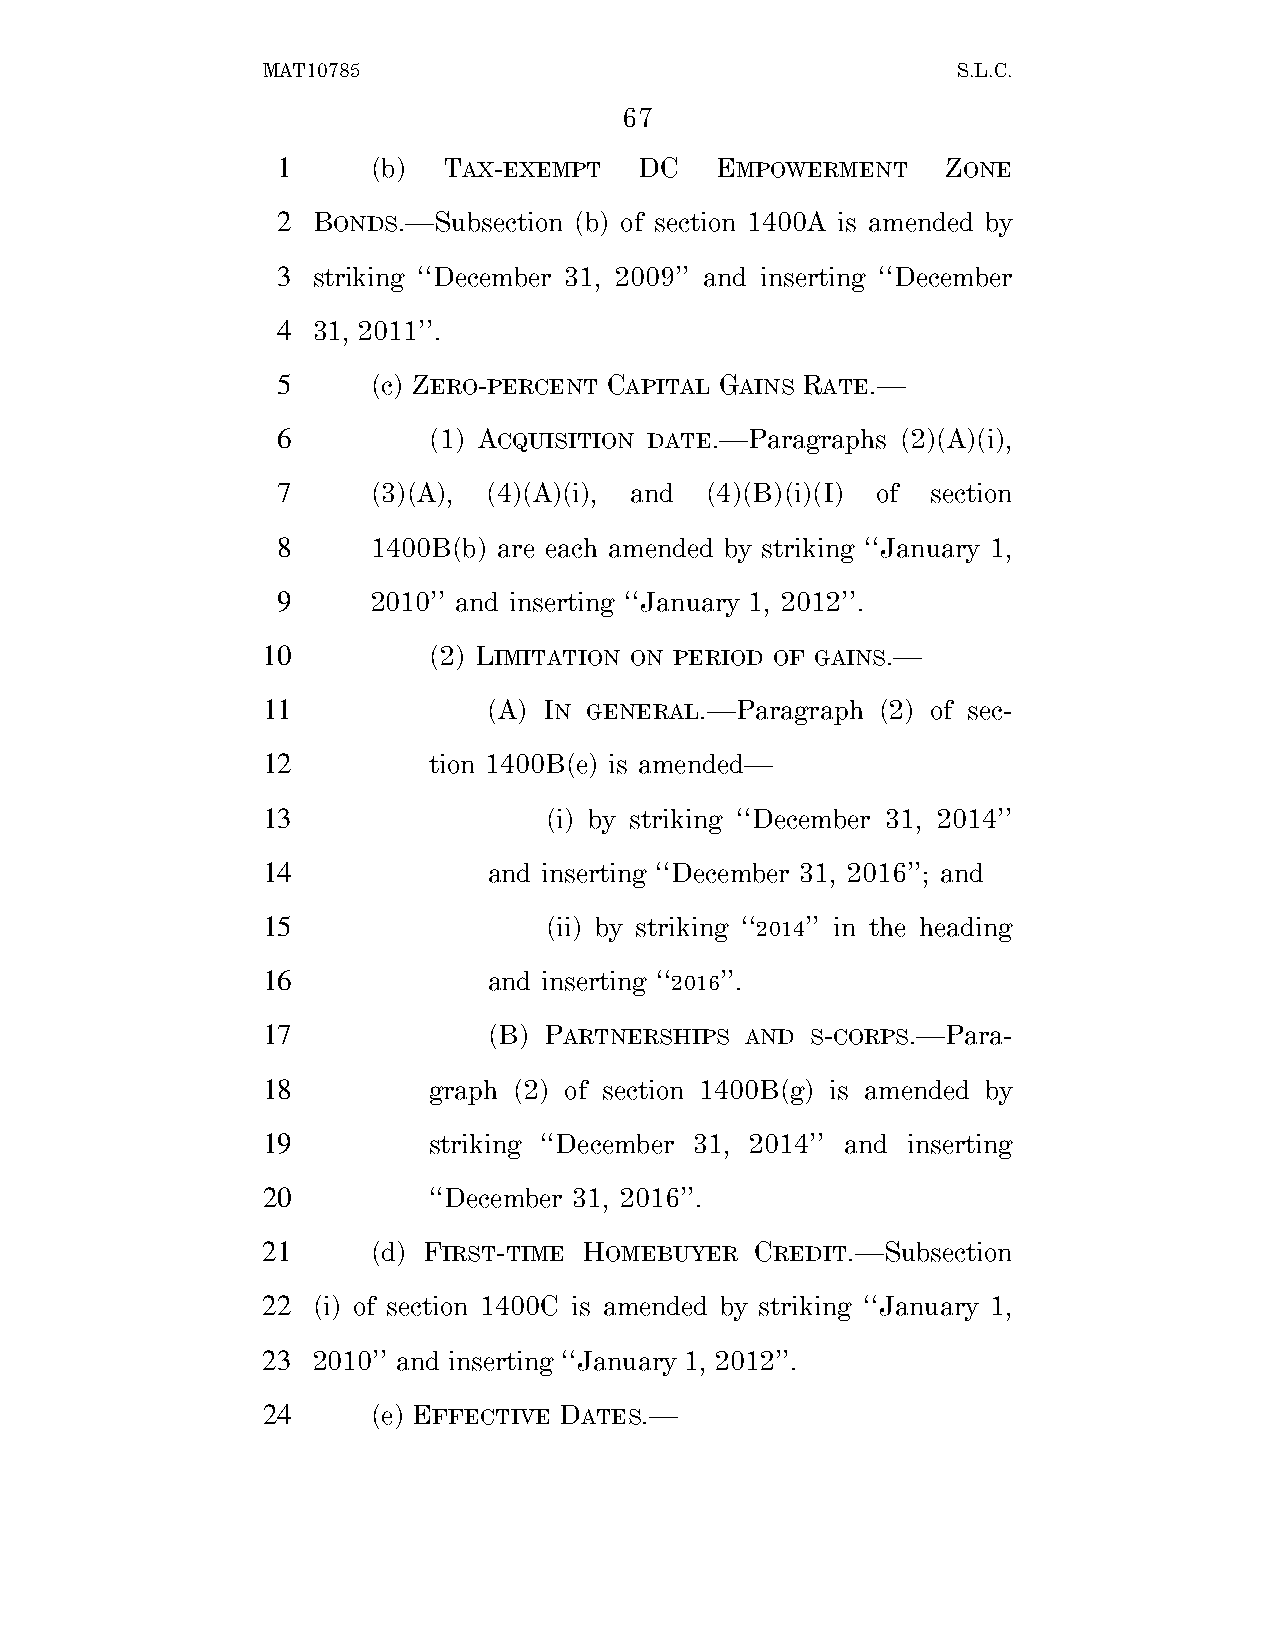
MAT10785                                      S.L.C.
 67
 1      (b) TAX-EXEMPT   DC   EMPOWERMENT     ZONE
 2  BONDS.—Subsection (b) of section 1400A is amended by
 3  striking ‘‘December 31, 2009’’ and inserting ‘‘December
 4  31, 2011’’.
 5      (c) ZERO-PERCENT CAPITAL GAINS RATE.—
 6         (1) ACQUISITION DATE.—Paragraphs (2)(A)(i),
 7      (3)(A), (4)(A)(i), and (4)(B)(i)(I) of section
 8      1400B(b) are each amended by striking ‘‘January 1,
 9      2010’’ and inserting ‘‘January 1, 2012’’.
 10         (2) LIMITATION ON PERIOD OF GAINS.—
 11             (A) IN GENERAL.—Paragraph (2) of sec-
 12         tion 1400B(e) is amended—
 13                 (i) by striking ‘‘December 31, 2014’’
 14             and inserting ‘‘December 31, 2016’’; and
 15                 (ii) by striking ‘‘2014’’ in the heading
 16             and inserting ‘‘2016’’.
 17             (B) PARTNERSHIPS AND  S-CORPS.—Para-
 18         graph (2) of section 1400B(g) is amended by
 19         striking ‘‘December 31, 2014’’ and inserting
 20         ‘‘December 31, 2016’’.
 21      (d) FIRST-TIME HOMEBUYER CREDIT.—Subsection
 22  (i) of section 1400C is amended by striking ‘‘January 1,
 23  2010’’ and inserting ‘‘January 1, 2012’’.
 24      (e) EFFECTIVE DATES.—